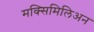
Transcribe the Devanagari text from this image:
मक्सिमिलिअन